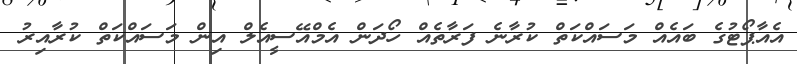
އެއާޕޯޓުގެ ބައެއް މަސައްކަތް ކުރާނެ ފަރާތެއް ހޯދަން އެމްއޭސީއެލް އިން މަސައްކަތް ކުރާއިރު